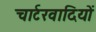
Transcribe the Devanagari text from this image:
चार्टरवादियों